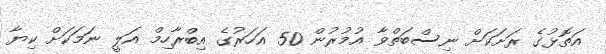
އަތޮޅުގެ ރަށަކަށް ނިސްބަތްވާ އުމުރުން 50 އަހަރުގެ އިބްރާހިމް އަލީ ނަމަކަށް ކިޔާ